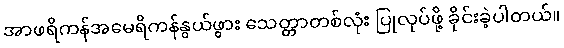
အာဖရိကန်အမေရိကန်နွယ်ဖွား သေတ္တာတစ်လုံး ပြုလုပ်ဖို့ ခိုင်းခဲ့ပါတယ်။